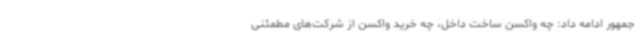
جمهور ادامه داد: چه واکسن ساخت داخل، چه خرید واکسن از شرکت‌های مطمئنی